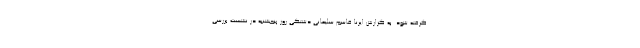
گرفته شود. به گزارش ایرنا قاسم سلیمانی دشتکی روز پنجشنبه در نشست بررسی